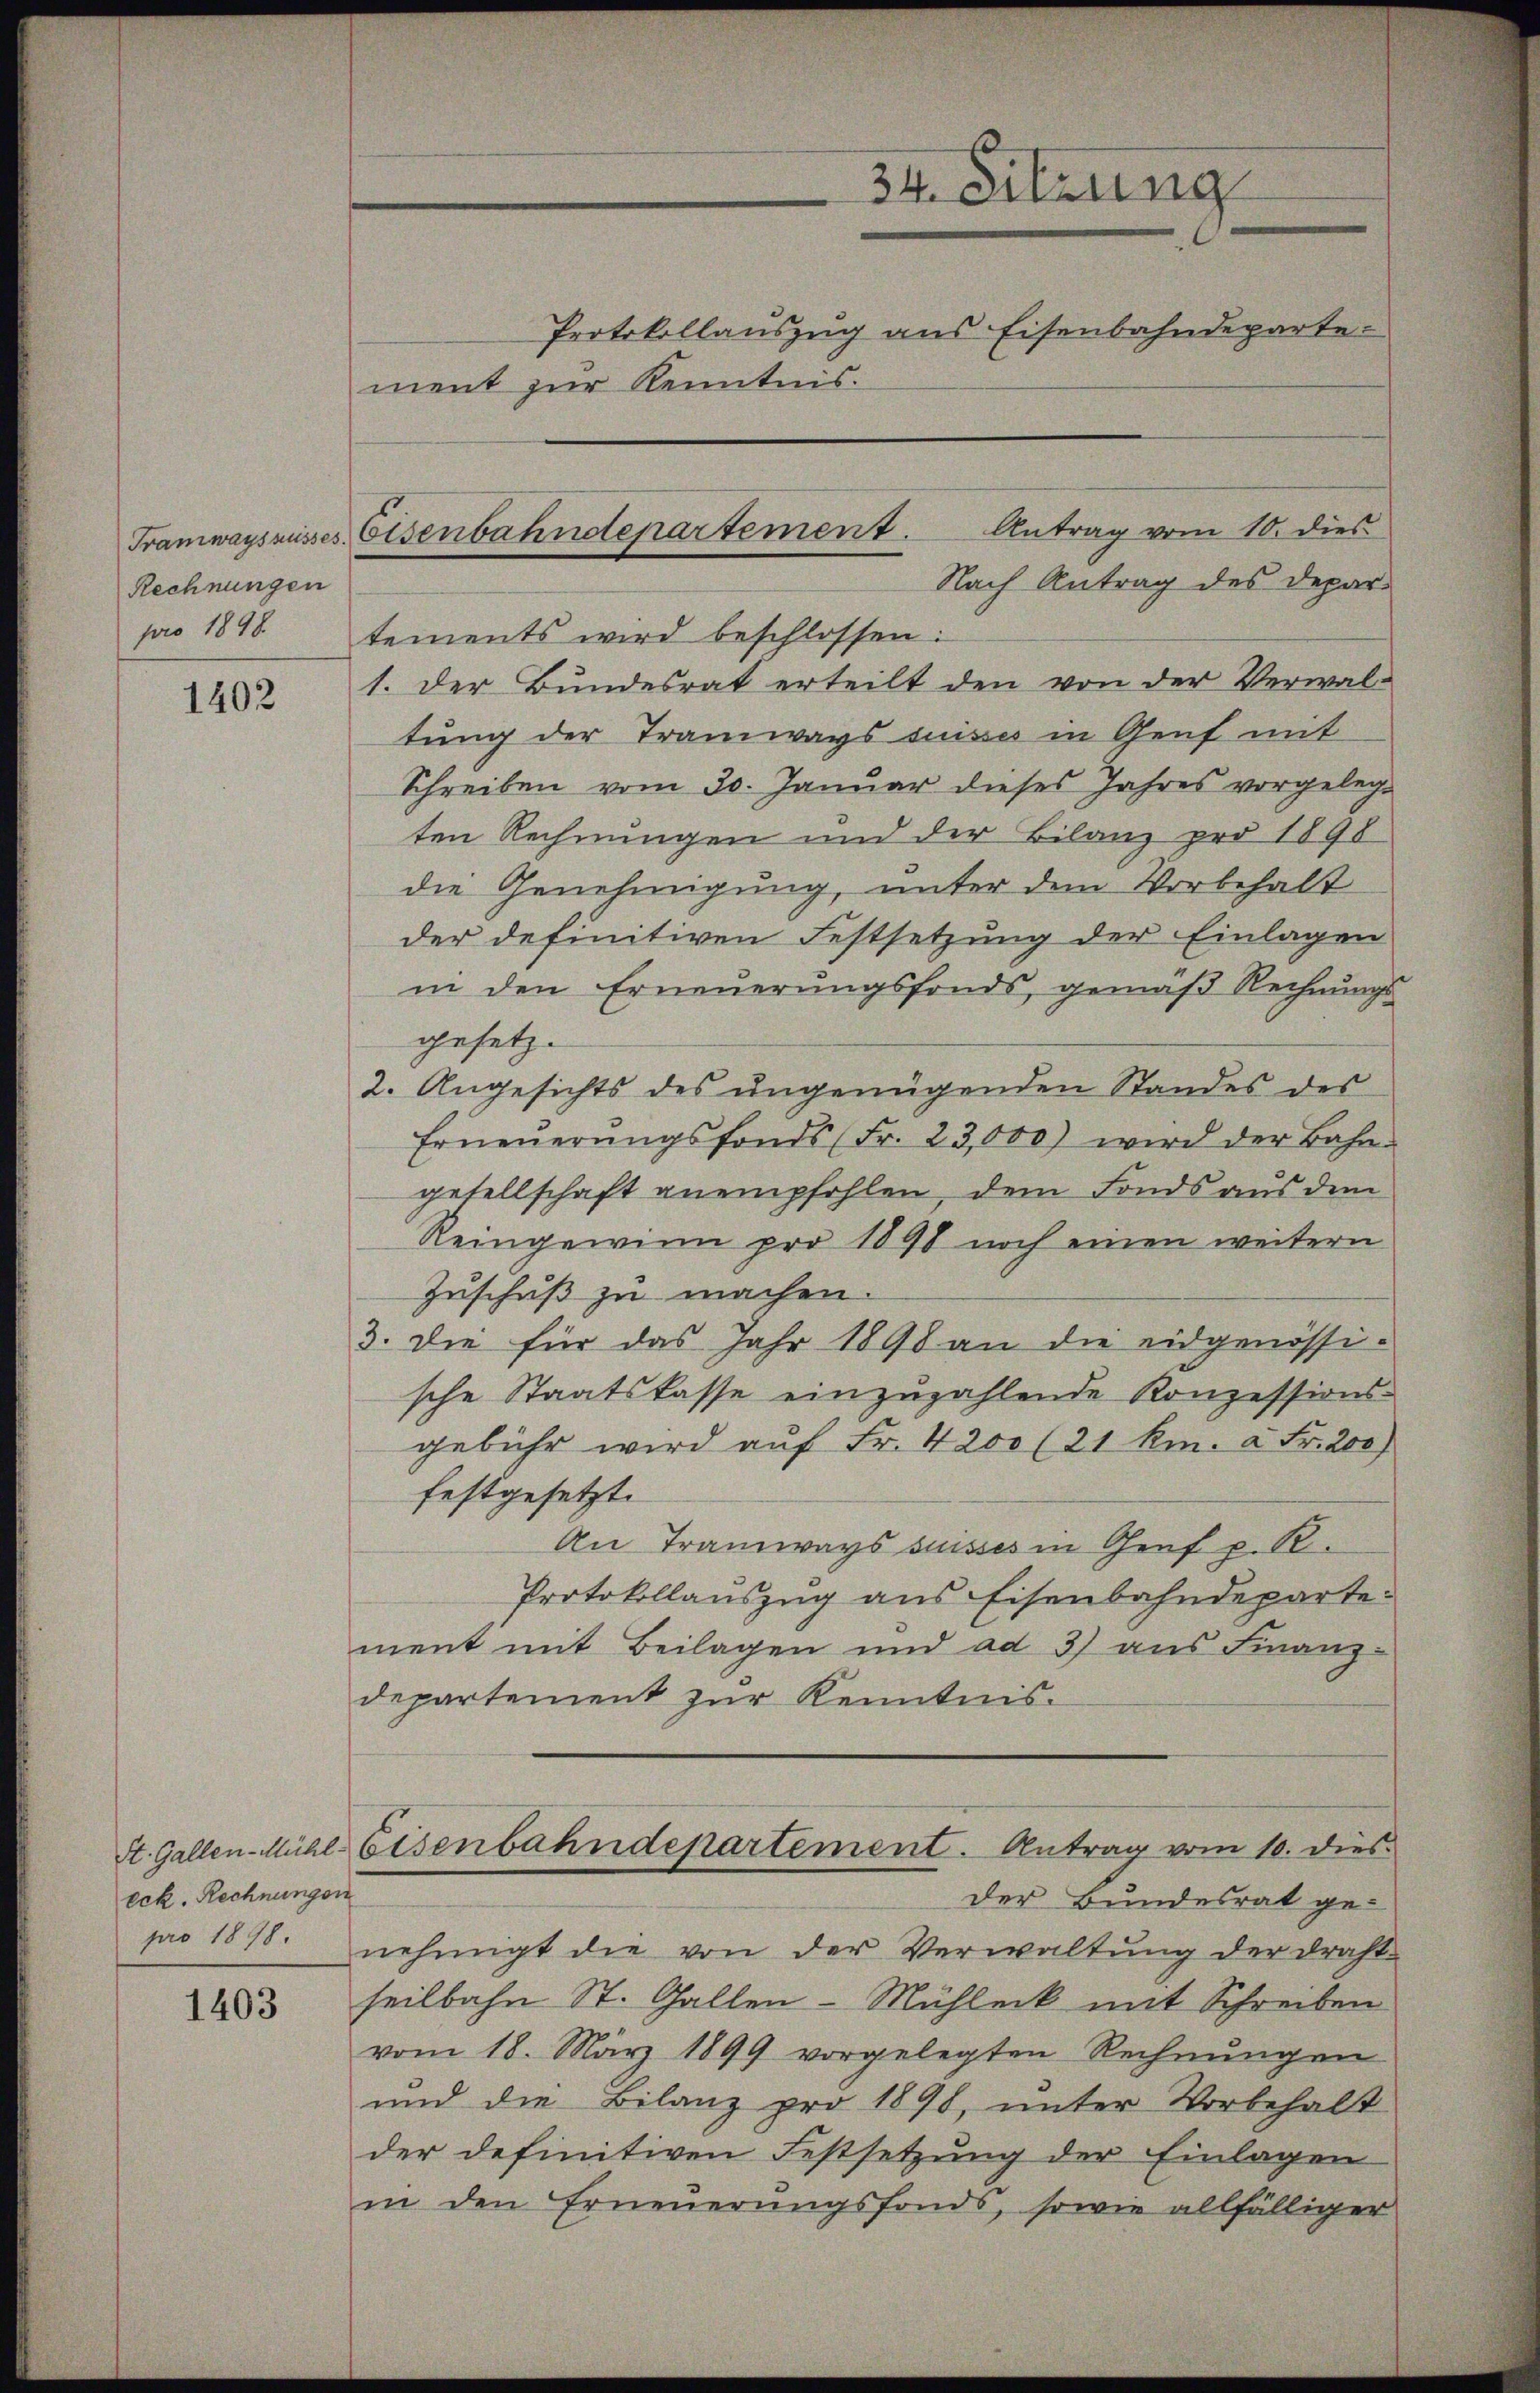
Rechnungen

1402

eck. Rechnungen

1403

ment zur Kenntnis.

34. Sitzung
Protokollauszug aus Eisenbahndeparte

Antrag vom 10. dies
Tramwaysnusses Eisenbahndepartement.
Nach Antrag des Depar¬

pro 1898 tements wird beschlossen:
1. Der Bundesrat erteilt den von der Verwal-
tung der Tramwags suisses in Genf mit
Schreiben vom 30. Januar dieses Jahres vorgelegten Rechnungen und der Bilanz pro 1898
die Genehmigung, unter dem Vorbehalt
der definitiven Festsetzung der Einlagen
in den Erneuerungsfonds, gemäß Rechnŭngs-
gesetz.
2. Angesichts des ungenügenden Standes des
Erneŭerŭngsfonds (Fr. 23,000) wird der Bahn-
gesellschaft anempfohlen, dem Fonds aus dem
Reingewinn pro 1898 noch einen weitern
Zuschuß zu machen.
3. Die für das Jahr 1898 an die eidgenössische Staatskasse einzuzahlende Konzessions-
gebühr wird auf Fr. 4200 (21 km. à Fr. 200)
festgesetzt.
An Tramways suisses in Graf p. R.
Protokollauszug aus Eisenbahndepartement mit Beilagen und ad 3) aus Finanz-
departement zur Kenntnis.
St. Gallen-Mühl Eisenbahndepartement. Antrag vom 10. dies
der Bundesrat ge-
pro 1818. nehmigt die von der Verwaltŭng der draht-
seilbahn St. Gallen-Mühleck mit Schreiben
vom 18. März 1899 vorgelegten Rechnŭngen
und die Bilanz pro 1890, unter Vorbehalt
der definitiven Festsetzung der Einlagen
in den Erneuerungsfonds, sowie allfälliger